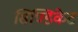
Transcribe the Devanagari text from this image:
सिण्डिकेट